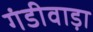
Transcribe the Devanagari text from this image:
गंडीवाड़ा